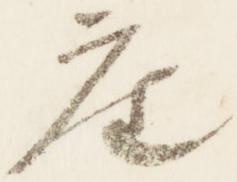
座